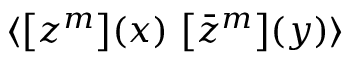
\langle \left[ { z } ^ { m } \right] \! ( x ) \, \left[ { \bar { z } } ^ { m } \right] \! ( y ) \rangle